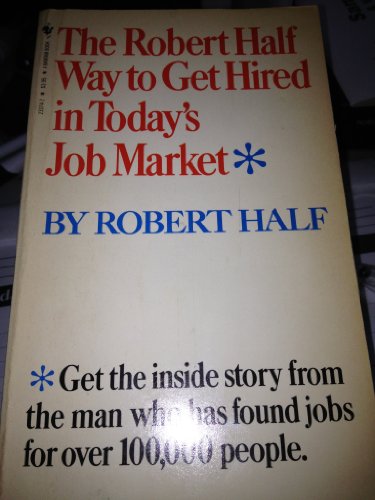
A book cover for The Robert Half Way to Get Hired in Today's Job Market; Robert Half; Business & Money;